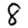
Digit: 8